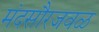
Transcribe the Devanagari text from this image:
मंदसौरजवळ